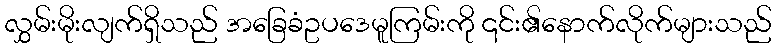
လွှမ်းမိုးလျက်ရှိသည် အခြေခံဥပဒေမူကြမ်းကို ၎င်း၏နောက်လိုက်များသည်